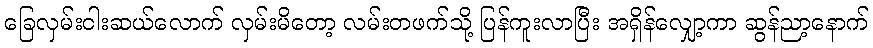
ခြေလှမ်းငါးဆယ်လောက် လှမ်းမိတော့ လမ်းတဖက်သို့ ပြန်ကူးလာပြီး အရှိန်လျှော့ကာ ဆွန်ညာ့နောက်